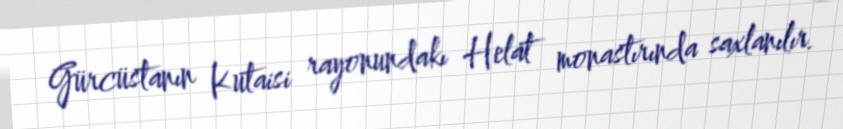
Gürcüstanın Kutaisi rayonundakı Helat monastırında saxlanılır.